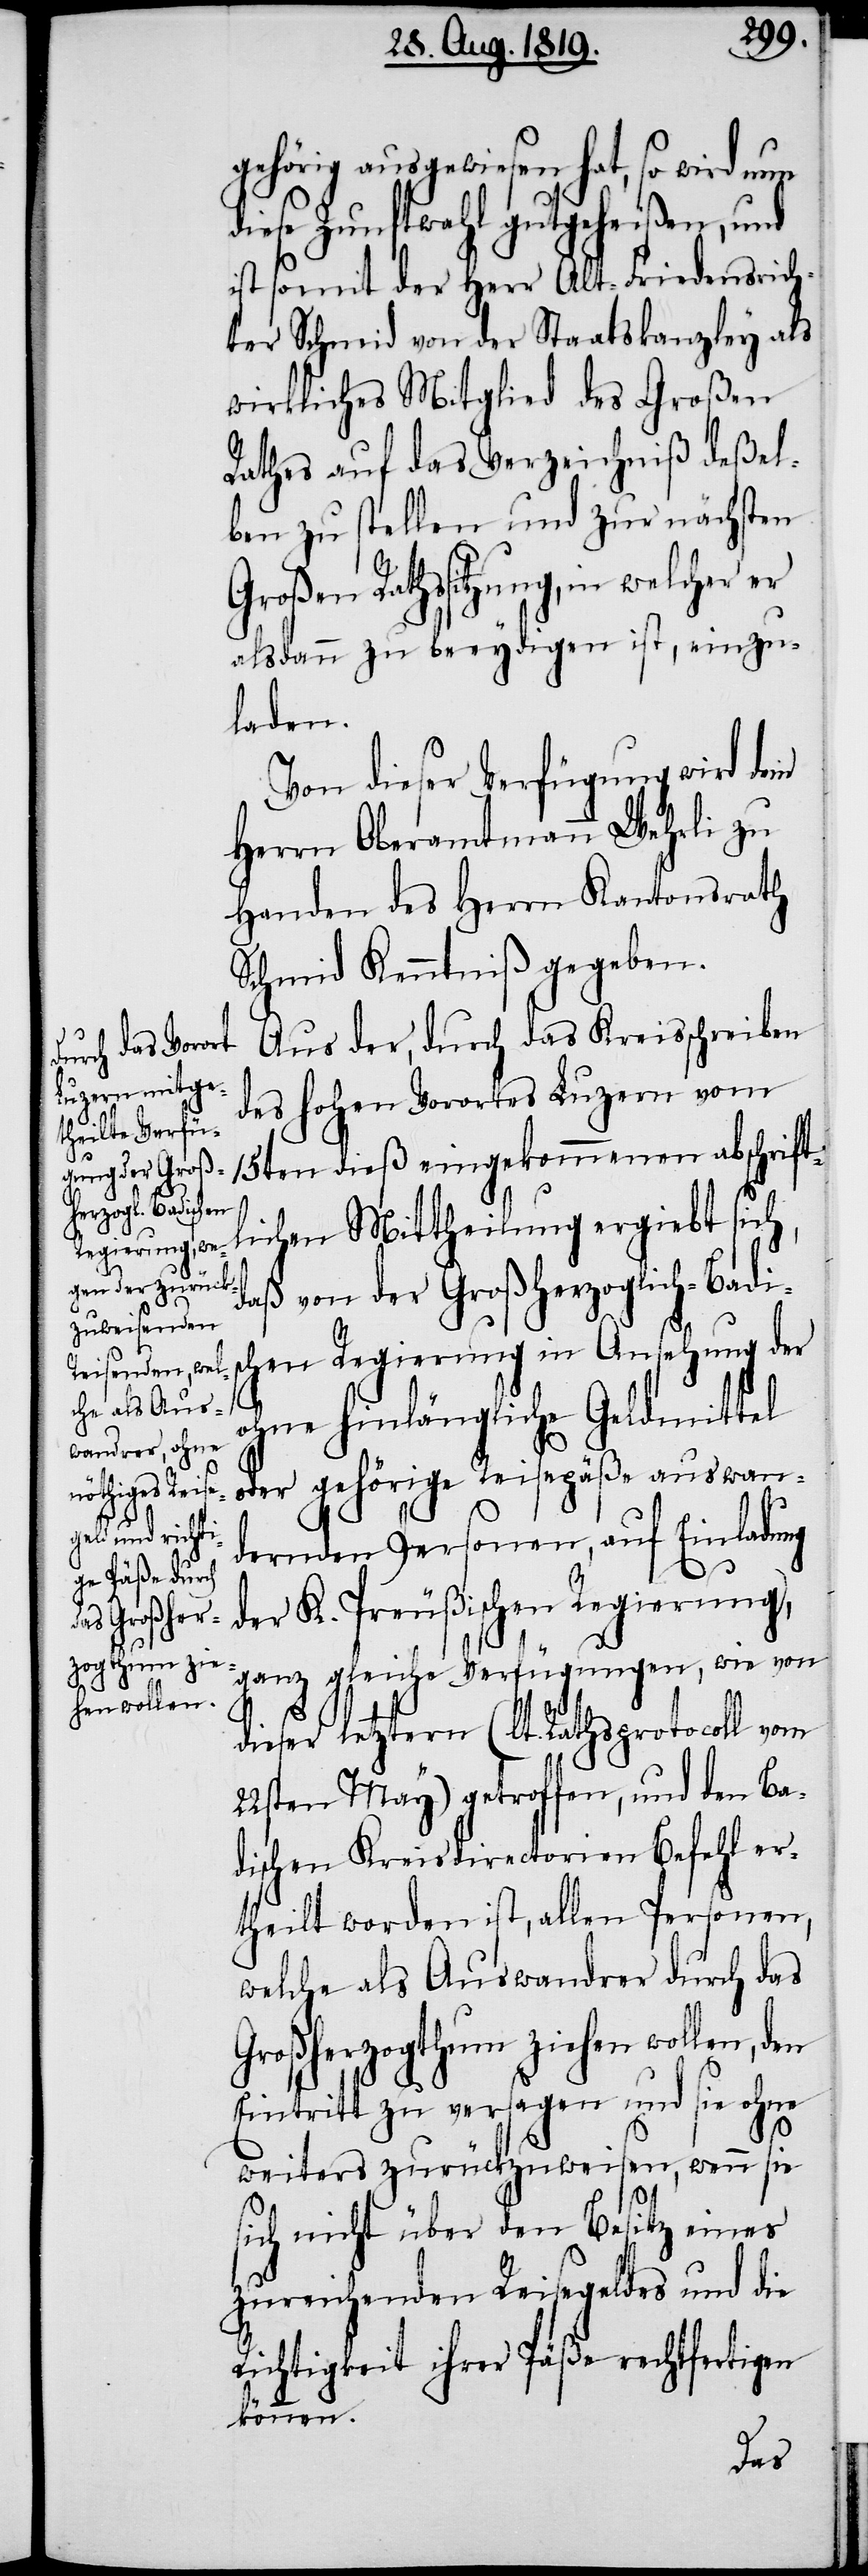
gehörig ausgewiesen hat, so wird nun
diese Zunftwahl gutgeheißen, und
ist somit der Herr Alt-Friedensrich¬
ter Schmid von der Staatskanzley als
wirkliches Mitglied des Großen
Rathes auf das Verzeichniß deßel¬
ben zu stellen und zur nächsten
Großen Rathssitzung, in welcher
alsdann zu beeydigen ist, einzu¬
laden.
Aus der, durch das Kreisschreiben
des hohen Vorortes Luzern vom
15ten dieß eingekommenen abschrift¬
lichen Mittheilung ergiebt sich,
daß von der Großherzoglich-Badis¬
chen Regierung in Ansehung der
ohne hinlängliche Geldmittel
oder gehörige Reisepäße auswan¬
dernden Personen, auf Einladung
der K. Preußischen Regierung,
ganz gleiche Verfügungen, wie von
dieser letztern (lt. Rathsprotocoll vom
22sten May) getroffen, und den Ba¬
dischen Kreisdirectorien Befehl er¬
theilt worden ist, allen Personen,
welche als Auswandrer durch das
Großherzogthum ziehen wollen,
Eintritt zu versagen und sie ohne
weiters zurückzuweisen, wenn sie
sich nicht über den Besitz eines
zureichenden Reisegeldes und die
Richtigkeit ihrer Päße rechtfertigen
können.